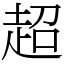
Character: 超